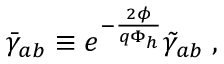
\bar { \gamma } _ { a b } \equiv e ^ { - \frac { 2 \phi } { q \Phi _ { h } } } \tilde { \gamma } _ { a b } \; ,